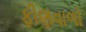
ફીણવાળો